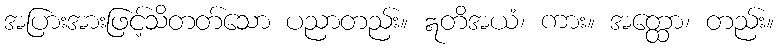
အပြားအားဖြင့်သိတတ်သော ပညာတည်း။ ဣတိအယံ၊ ကား။ အတ္ထော၊ တည်း။